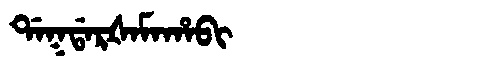
Manchu: ᡩᠠᡴᡩᠠᡵᡧᠠᠮᠠᡥᠠᠪᡳ
Romanization: DAKDARŠAMAHABI